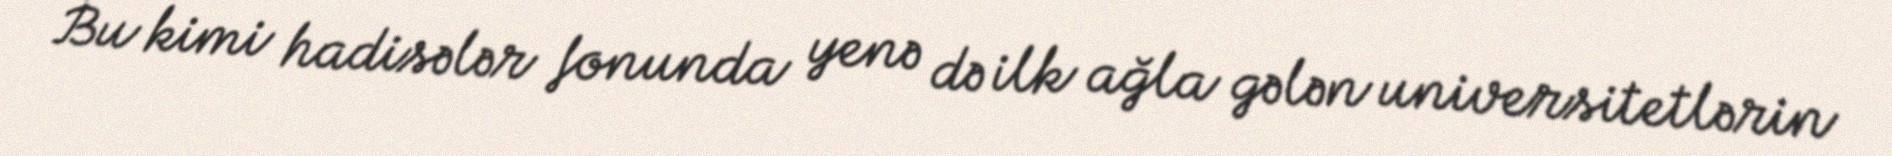
Bu kimi hadisələr fonunda yenə də ilk ağla gələn universitetlərin